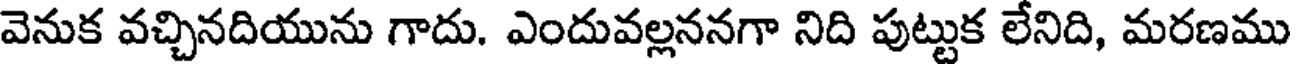
వెనుక వచ్చినదియును గాదు. ఎందువల్లననగా నిది పుట్టుక లేనిది, మరణము